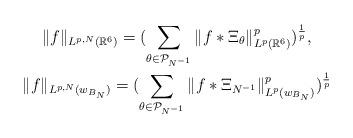
LaTeX: \begin{gather*}\|f\|_{L^{p,N}(\mathbb{R}^{6})}=(\sum\limits_{\substack{\theta \in \mathcal{P}_{N^{-1}}}}\|f*\Xi_{\theta}\|_{L^p(\mathbb{R}^{6})}^p)^{\frac{1}{p}},\\\|f\|_{L^{p,N}(w_{B_{N}})}=(\sum\limits_{\substack{\theta \in \mathcal{P}_{N^{-1}}}}\|f*\Xi_{N^{-1}}\|_{L^p(w_{B_{N}})}^p)^{\frac{1}{p}}\end{gather*}